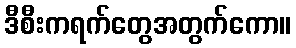
ဒီစီးကရက်တွေအတွက်ကော။